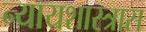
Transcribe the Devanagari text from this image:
न्यायशास्त्रास